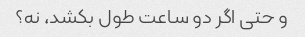
و حتی اگر دو ساعت طول بکشد، نه؟